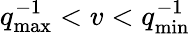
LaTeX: q_{\mathrm{max}}^{-1}<v<q_{\mathrm{min}}^{-1}